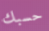
حسبك